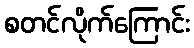
စတင်လိုက်ကြောင်း